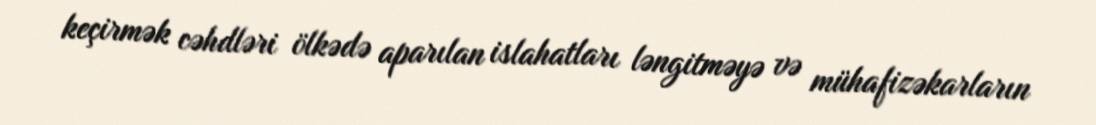
keçirmək cəhdləri ölkədə aparılan islahatları ləngitməyə və mühafizəkarların